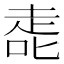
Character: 𰈀